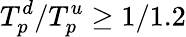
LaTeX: T_{p}^{d}/T_{p}^{u}\geq 1/1.2